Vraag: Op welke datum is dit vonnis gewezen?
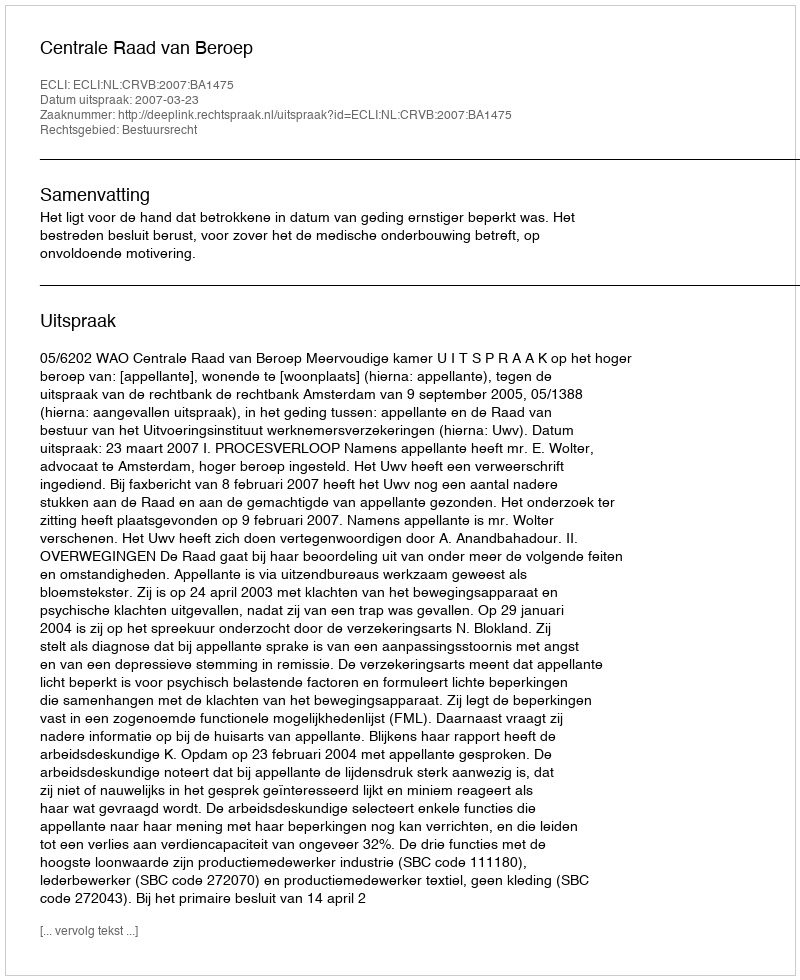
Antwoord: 2007-03-23